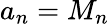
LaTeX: a_{n}=M_{n}